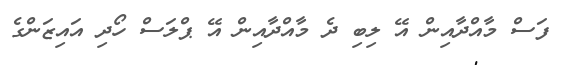
ފަސް މާއްދާއިން އޭ ލިބި ދެ މާއްދާއިން އޭ ޕްލަސް ހޯދި އައިޒަންގެ